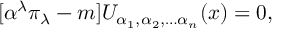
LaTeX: \lbrack \alpha ^ { \lambda } \pi _ { \lambda } - m ] U _ { \alpha _ { 1 } , \alpha _ { 2 } , \ldots \alpha _ { n } } ( x ) = 0 ,